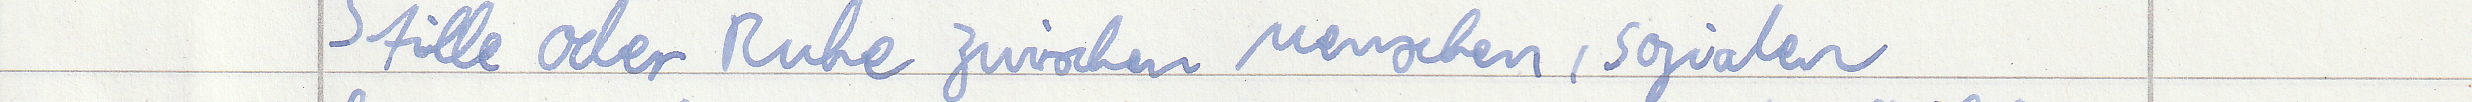
Stille oder Ruhe zwischen Menschen, sozialen